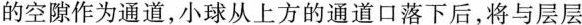
的空隙作为通道，小球从上方的通道口落下后，将与层层